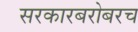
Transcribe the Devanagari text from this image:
सरकारबरोबरच